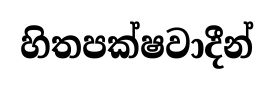
හිතපක්ෂවාදීන්